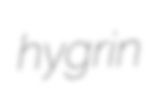
hygrin